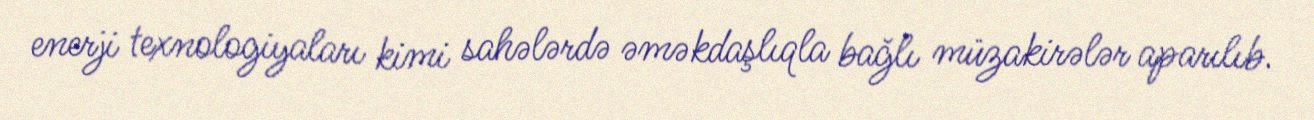
enerji texnologiyaları kimi sahələrdə əməkdaşlıqla bağlı müzakirələr aparılıb.